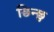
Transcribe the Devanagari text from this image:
छिन्छु